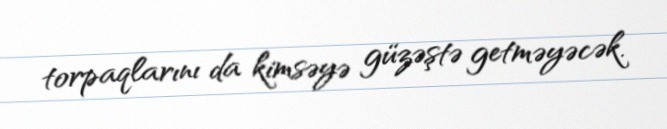
torpaqlarını da kimsəyə güzəştə getməyəcək.